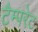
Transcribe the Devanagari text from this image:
टैम्परेट